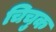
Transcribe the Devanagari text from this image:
चिचुक